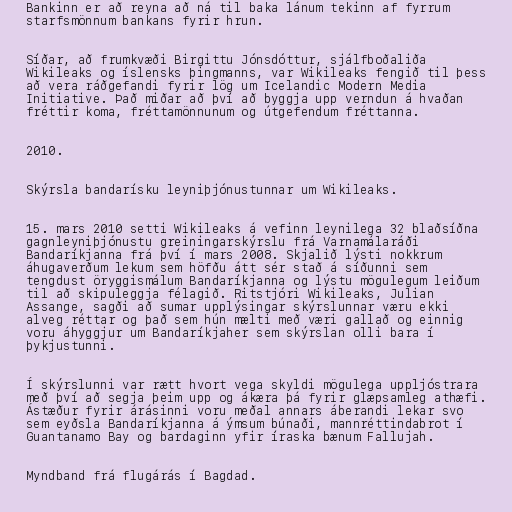
Bankinn er að reyna að ná til baka lánum tekinn af fyrrum
starfsmönnum bankans fyrir hrun.

Síðar, að frumkvæði Birgittu Jónsdóttur, sjálfboðaliða
Wikileaks og íslensks þingmanns, var Wikileaks fengið til þess
að vera ráðgefandi fyrir lög um Icelandic Modern Media
Initiative. Það miðar að því að byggja upp verndun á hvaðan
fréttir koma, fréttamönnunum og útgefendum fréttanna.

2010.

Skýrsla bandarísku leyniþjónustunnar um Wikileaks.

15. mars 2010 setti Wikileaks á vefinn leynilega 32 blaðsíðna
gagnleyniþjónustu greiningarskýrslu frá Varnamálaráði
Bandaríkjanna frá því í mars 2008. Skjalið lýsti nokkrum
áhugaverðum lekum sem höfðu átt sér stað á síðunni sem
tengdust öryggismálum Bandaríkjanna og lýstu mögulegum leiðum
til að skipuleggja félagið. Ritstjóri Wikileaks, Julian
Assange, sagði að sumar upplýsingar skýrslunnar væru ekki
alveg réttar og það sem hún mælti með væri gallað og einnig
voru áhyggjur um Bandaríkjaher sem skýrslan olli bara í
þykjustunni.

Í skýrslunni var rætt hvort vega skyldi mögulega uppljóstrara
með því að segja þeim upp og ákæra þá fyrir glæpsamleg athæfi.
Ástæður fyrir árásinni voru meðal annars áberandi lekar svo
sem eyðsla Bandaríkjanna á ýmsum búnaði, mannréttindabrot í
Guantanamo Bay og bardaginn yfir íraska bænum Fallujah.

Myndband frá flugárás í Bagdad.